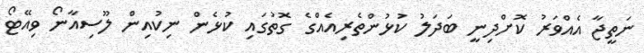
ނަތީޖާ އެއްވަރު ކޮށްދިނީ ބަދަލު ކުޅުންތެރިއެއްގެ ގޮތުގައި ކުޅެން ނިކުއިން ލޫސިއާނޯ ވިއޭޓޯ